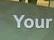
your